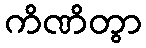
ကိဏိတွာ